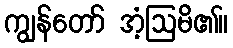
ကျွန်တော် အံ့ဩမိ၏။